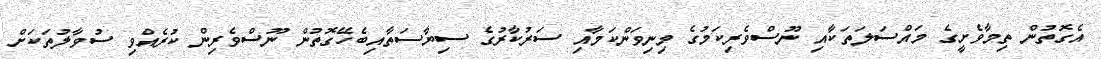
އެގޮތުން ތިމާވެށީގެ މައްސަލަތަކާއި ނޫސްވެރިކަމުގެ މިނިވަންކަމާއި ސަރުކާރުގެ ސިޔާސަތާއިބެހޭގޮތުން ނޫސްވެރިން ކުރެއްވި ސުވާލުތަކަށް